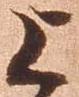
上